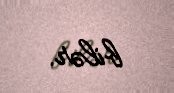
bilər.